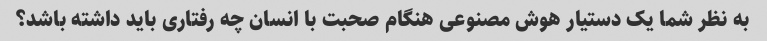
به نظر شما یک دستیار هوش مصنوعی هنگام صحبت با انسان چه رفتاری باید داشته باشد؟